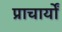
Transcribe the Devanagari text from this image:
प्राचार्यों